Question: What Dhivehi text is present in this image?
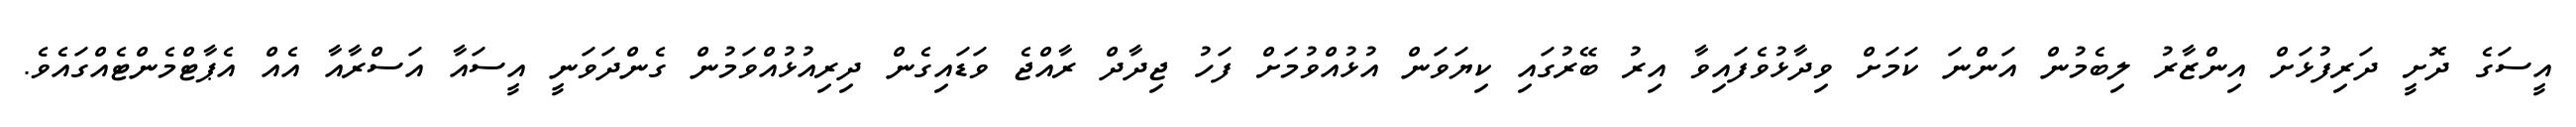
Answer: އީސަގެ ދޮށީ ދަރިފުޅަށް އިންޒާރު ލިބެމުން އަންނަ ކަމަށް ވިދާޅުވެފައިވާ އިރު ބޭރުގައި ކިޔަވަން އުޅުއްވުމަށް ފަހު ޖިދާދް ރާއްޖެ ވަޑައިގެން ދިރިއުޅުއްވަމުން ގެންދަވަނީ އީސައާ އަސްރާއާ އެއް އެޕާޓްމެންޓެއްގައެވެ.